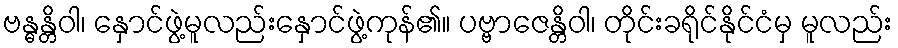
ဗန္ဓန္တိဝါ၊ နှောင်ဖွဲ့မူလည်းနှောင်ဖွဲ့ကုန်၏။ ပဗ္ဗာဇေန္တိဝါ၊ တိုင်းခရိုင်နိုင်ငံမှ မူလည်း